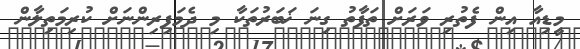
މީޑިއާ އިން ފެތުރި ވަރަށް ތަފާތު ގިނަ ޚަބަރުތަކާ މި ދެމަފިރިންނަށް ކުރިމަތިލާން